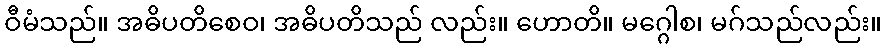
ဝီမံသည်။ အဓိပတိစေဝ၊ အဓိပတိသည် လည်း။ ဟောတိ။ မဂ္ဂေါစ၊ မဂ်သည်လည်း။